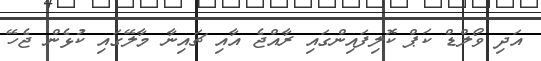
އަދި ވޯލްޑް ކަޕް ކޮލިފައިންގައި ރާއްޖެ އާއި ޗައިނާ މާލޭގައި ކުޅެން ޖެހޭ